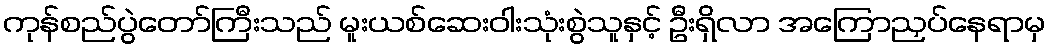
ကုန်စည်ပွဲတော်ကြီးသည် မူးယစ်ဆေးဝါးသုံးစွဲသူနှင့် ဦးရှိလာ အကြောညှပ်နေရာမှ